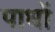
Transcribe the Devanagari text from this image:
पाधों